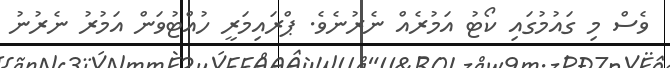
ވެސް މި ގައުމުގައި ކޯޓު އަމުރެއް ނެރުނެވެ. ޕްރައިމަރީ ހުއްޓުވަން އަމުރު ނެރުނު